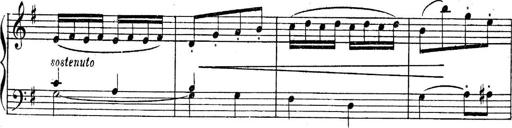
Title: Sonatines
Composer: Hedwige ChrÃ©tien